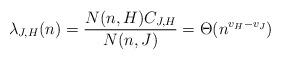
LaTeX: \begin{align*}\lambda_{J,H}(n) = \frac{N(n,H) C_{J,H}}{N(n,J)} = \Theta(n^{v_H-v_J}) \end{align*}